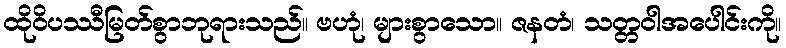
ထိုဝိပဿီမြတ်စွာဘုရားသည်။ ဗဟုံ၊ များစွာသော။ ဇနတံ၊ သတ္တဝါအပေါင်းကို။